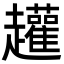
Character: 䟒